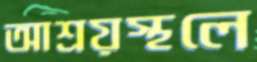
আশ্রয়স্থলে